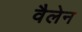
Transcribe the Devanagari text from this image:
वैलेन